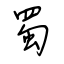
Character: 蜀